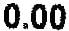
0.00